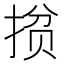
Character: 𭡘